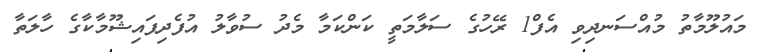
މައުލޫމާތު މުއްސަނދިވި އެފް1 ރޭހުގެ ސަލާމަތީ ކަންކަމާ މެދު ސުވާލު އުފެދިފައިޝޫމާކާގެ ހާލަތާ